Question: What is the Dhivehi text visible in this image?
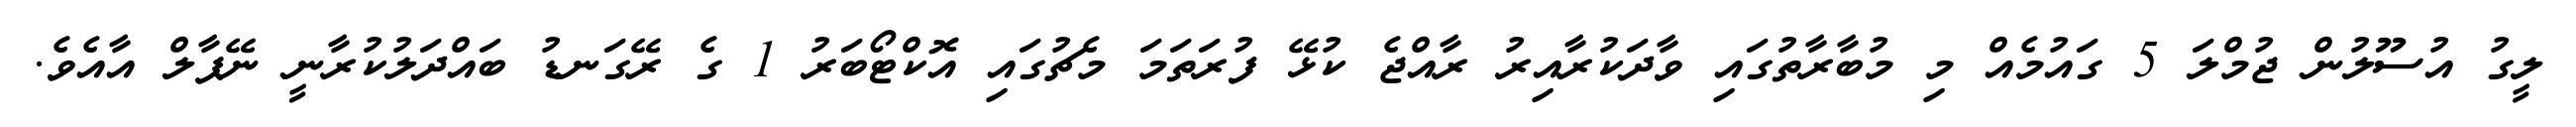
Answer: ލީގު އުސޫލުން ޖުމްލަ 5 ގައުމެއް މި މުބާރާތުގައި ވާދަކުރާއިރު ރާއްޖެ ކުޅޭ ފުރަތަމަ މެޗުގައި އޮކްޓޯބަރު 1 ގެ ރޭގަނޑު ބައްދަލުކުރާނީ ނޭޕާލް އާއެވެ.